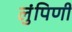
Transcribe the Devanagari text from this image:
लुंपिणी